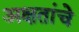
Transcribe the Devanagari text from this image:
अक्षतांचे